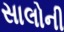
સાલોની